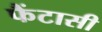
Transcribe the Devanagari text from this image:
फैंटासी